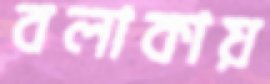
বলাকায়